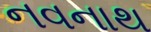
નવનાથ